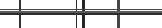
-    .